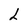
Character: L